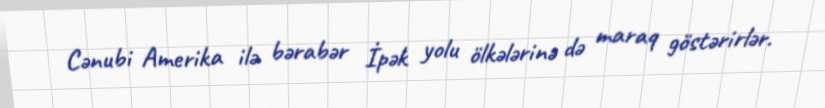
Cənubi Amerika ilə bərabər İpək yolu ölkələrinə də maraq göstərirlər.